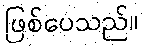
ဖြစ်ပေသည်။